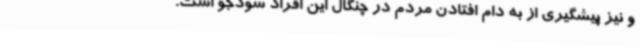
و نیز پیشگیری از به دام افتادن مردم در چنگال این افراد سودجو است.